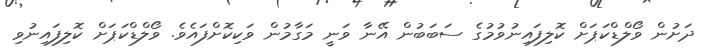
ދަށުން ވޯލްޑްކަޕަށް ކޮލިފައިނުވުމުގެ ސަބަބުން އޭނާ ވަނީ މަގާމުން ވަކިކޮށްފައެވެ. ވޯލްޑްކަޕަށް ކޮލިފައިނުވި